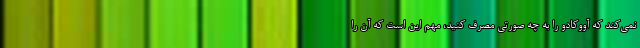
نمی‌کند که آووکادو را به چه صورتی مصرف کنید، مهم این است که آن را